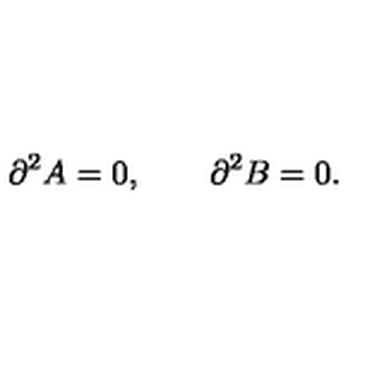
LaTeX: \partial ^ { 2 } A = 0 , \qquad \partial ^ { 2 } B = 0 .